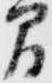
間